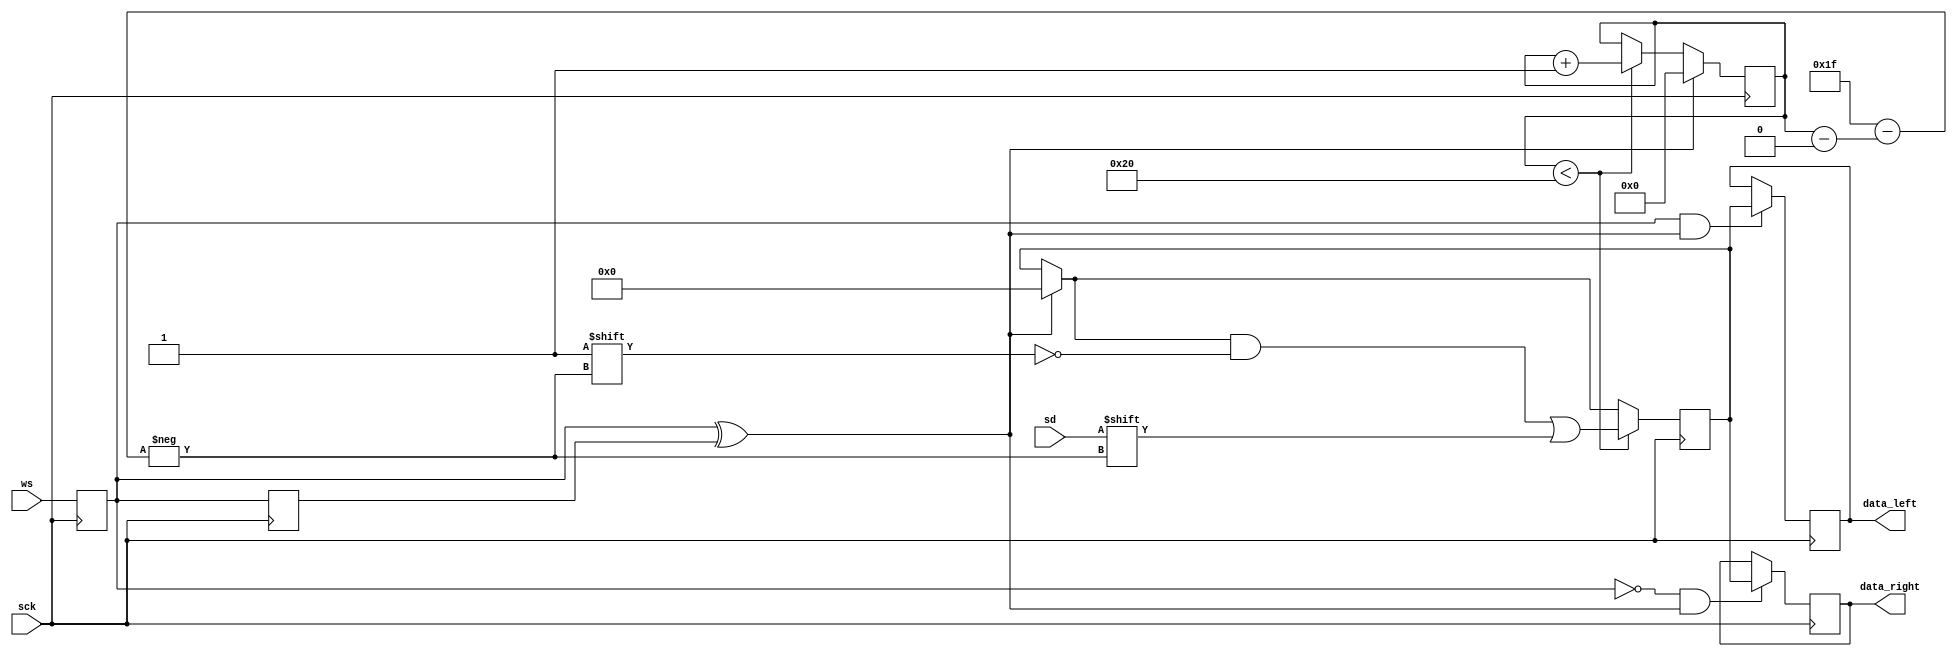
`timescale 1ns/1ns
module i2s_receive2 #
  (
   parameter width = 32
   )
  (
   input sck,
   input ws,
   input sd,
   output reg [width-1:0] data_left,
   output reg [width-1:0] data_right
   );
	
  initial data_left <= 0;
  initial data_right <= 0;

  reg wsd;
  initial wsd <= 1'b0;
  
  always @(posedge sck)
    wsd <= ws;

  reg wsdd;
  initial wsdd <= 1'b0;

  always @(posedge sck)
    wsdd <= wsd;

  wire wsp = wsd ^ wsdd;

  reg [$clog2(width+1)-1:0] counter;
  initial counter <= 0;
  
  always @(negedge sck)
    if (wsp)
      counter <= 0;
    else if (counter < width)
      counter <= counter+1;

  reg [0:width-1] shift;
  initial shift <= 0;
  
  always @(posedge sck)
    begin
      if (wsp)
	shift <= 0;
      if (counter < width)
	shift[counter] <= sd;
    end

  always @(posedge sck)
    if (wsd && wsp)
      data_left <= shift;

  always @(posedge sck)
    if (!wsd && wsp)
      data_right <= shift;

endmodule